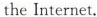
the Internet.